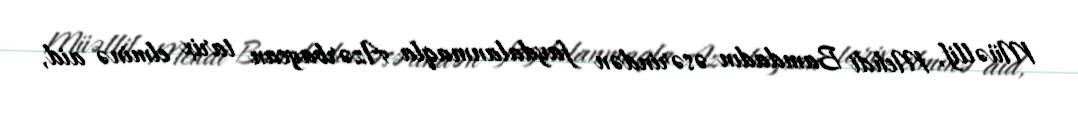
Müəllif, Mehdi Bamdadın əsərindən faydalanmaqla Azərbaycan tarix elminə aid,